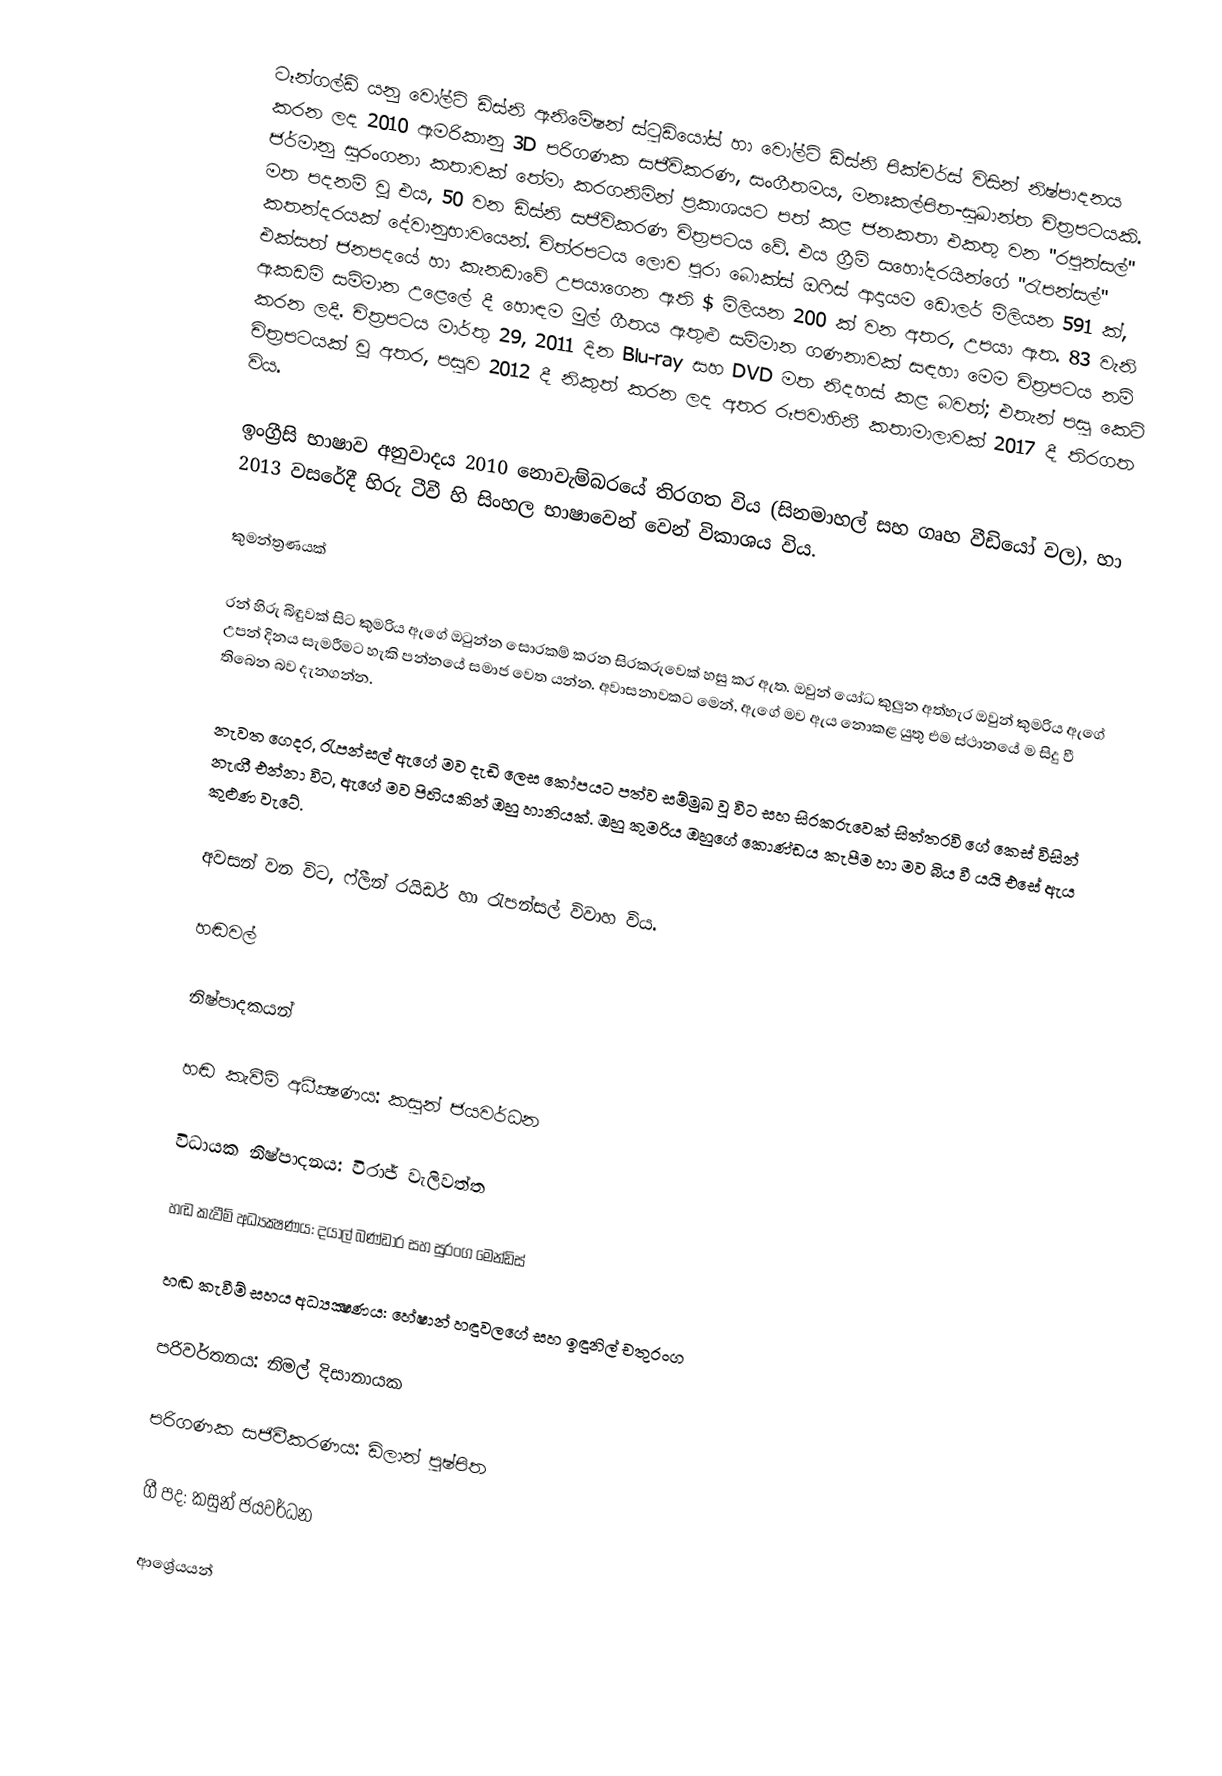
ටෑන්ගල්ඩ් යනු වෝල්ට් ඩිස්නි ඇනිමේෂන් ස්ටුඩියෝස් හා වෝල්ට් ඩිස්නි පික්චර්ස් විසින් නිෂ්පාදනය කරන ලද 2010 ඇමරිකානු 3D පරිගණක සජීවිකරණ, සංගීතමය, මනඃකල්පිත-සුඛාන්ත චිත්‍රපටයකි. ජර්මානු සුරංගනා කතාවක් තේමා කරගනිමින් ප්‍රකාශයට පත් කළ ජනකතා එකතු වන "රපුන්සල්" මත පදනම් වූ එය, 50 වන ඩිස්නි සජීවිකරණ චිත්‍රපටය වේ. එය ග්‍රීම් සහෝදරයින්ගේ "රැපන්සල්" කතන්දරයක් දේවානුභාවයෙන්. චිත්රපටය ලොව පුරා බොක්ස් ඔෆිස් ආදායම ඩොලර් මිලියන 591 ක්, එක්සත් ජනපදයේ හා කැනඩාවේ උපයාගෙන ඇති $ මිලියන 200 ක් වන අතර, උපයා ඇත. 83 වැනි ඇකඩමි සම්මාන උළෙලේ දී හොඳම මුල් ගීතය ඇතුළු සම්මාන ගණනාවක් සඳහා මෙම චිත්‍රපටය නම් කරන ලදී. චිත්‍රපටය මාර්තු 29, 2011 දින Blu-ray සහ DVD මත නිදහස් කළ බවත්; එතැන් පසු කෙටි චිත්‍රපටයක් වූ අතර, පසුව 2012 දී නිකුත් කරන ලද අතර රූපවාහිනී කතාමාලාවක් 2017 දී තිරගත විය.

ඉංග්‍රීසි භාෂාව අනුවාදය 2010 නොවැම්බරයේ තිරගත විය (සිනමාහල් සහ ගෘහ වීඩියෝ වල), හා 2013 වසරේදී හිරු ටීවී හි සිංහල භාෂාවෙන් වෙන් විකාශය විය.

කුමන්ත්‍රණයක්

රන් හිරු බිඳුවක් සිට කුමරිය ඇගේ ඔටුන්න සොරකම් කරන සිරකරුවෙක් හසු කර ඇත. ඔවුන් යෝධ කුලුන අත්හැර ඔවුන් කුමරිය ඇගේ උපන් දිනය සැමරීමට හැකි පන්නයේ සමාජ වෙත යන්න. අවාසනාවකට මෙන්, ඇගේ මව ඇය නොකළ යුතු එම ස්ථානයේ ම සිදු වී තිබෙන බව දැනගන්න.

නැවත ගෙදර, රැපන්සල් ඇගේ මව දැඩි ලෙස කෝපයට පත්ව සම්මුඛ වූ විට සහ සිරකරුවෙක් සිත්තරවි ගේ කෙස් විසින් නැඟී එන්නා විට, ඇගේ මව පිහියකින් ඔහු හානියක්. ඔහු කුමරිය ඔහුගේ කොණ්ඩය කැපීම හා මව බිය වී යයි එසේ ඇය කුළුණ වැටේ.

අවසන් වන විට, ෆ්ලීන් රයිඩර් හා රැපන්සල් විවාහ විය.

හඬවල්

නිෂ්පාදකයන්

හඬ කැවීම් අධීක්‍ෂණය: කසුන් ජයවර්ධන

විධායක නිෂ්පාදනය: විරාජ් වැලිවත්ත

හඬ කැවීම් අධ්‍යක්‍ෂණය: දයාල් බණ්ඩාර සහ සුරංග මෙන්ඩිස්

හඬ කැවීම් සහය අධ්‍යක්‍ෂණය: හේෂාන් හඳුවලගේ සහ ඉඳුනිල් චතුරංග

පරිවර්තනය: නිමල් දිසානායක

පරිගණක සජිවීකරණය: ඩිලාන් පුෂ්පිත

ගී පද: කසුන් ජයවර්ධන

ආශ්‍රේයයන්